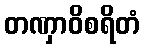
တဏှာဝိစရိတံ